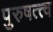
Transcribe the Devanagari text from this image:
पुरुषत्त्व